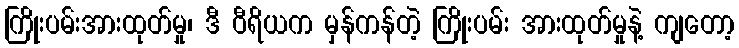
ကြိုးပမ်းအားထုတ်မှု၊ ဒီ ဝီရိယက မှန်ကန်တဲ့ ကြိုးပမ်း အားထုတ်မှုနဲ့ ကျတော့